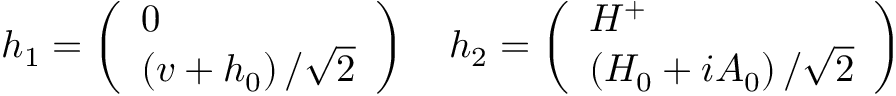
h _ { 1 } = \left( \begin{array} { l } { { 0 } } \\ { { \left( v + h _ { 0 } \right) / \sqrt { 2 } } } \end{array} \right) \quad h _ { 2 } = \left( \begin{array} { l } { { H ^ { + } } } \\ { { \left( H _ { 0 } + i A _ { 0 } \right) / \sqrt { 2 } } } \end{array} \right)